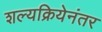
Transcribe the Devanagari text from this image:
शल्यक्रियेनंतर